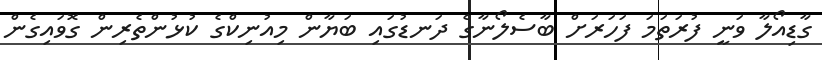
ގާޑިއޯލާ ވަނީ ފުރަތަމަ ފަހަރަށް ބާސެލޯނާގެ ދަނޑުގައި ބަޔާން މިއުނިކްގެ ކުޅުންތެރިން ގޮވައިގެން